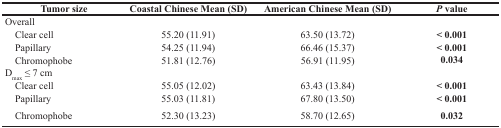
| Tumor size | Coastal Chinese Mean (SD) | American Chinese Mean (SD) | P value |
 | --- | --- | --- | --- |
 | Overall |  |  |  |
 | Clear cell | 55.20 (11.91) | 63.50 (13.72) | < 0.001 |
 | Papillary | 54.25 (11.94) | 66.46 (15.37) | < 0.001 |
 | Chromophobe | 51.81 (12.76) | 56.91 (11.95) | 0.034 |
 | Dmax ≤ 7 cm |  |  |  |
 | Clear cell | 55.05 (12.02) | 63.43 (13.84) | < 0.001 |
 | Papillary | 55.03 (11.81) | 67.80 (13.50) | < 0.001 |
 | Chromophobe | 52.30 (13.23) | 58.70 (12.65) | 0.032 |